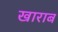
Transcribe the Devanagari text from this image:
खाराब